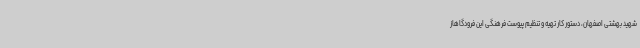
شهید بهشتی اصفهان، دستور کار تهیه و تنظیم پیوست فرهنگی این فرودگاهاز